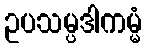
ဥပသမ္ပဒါကမ္မံ